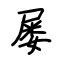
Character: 屡